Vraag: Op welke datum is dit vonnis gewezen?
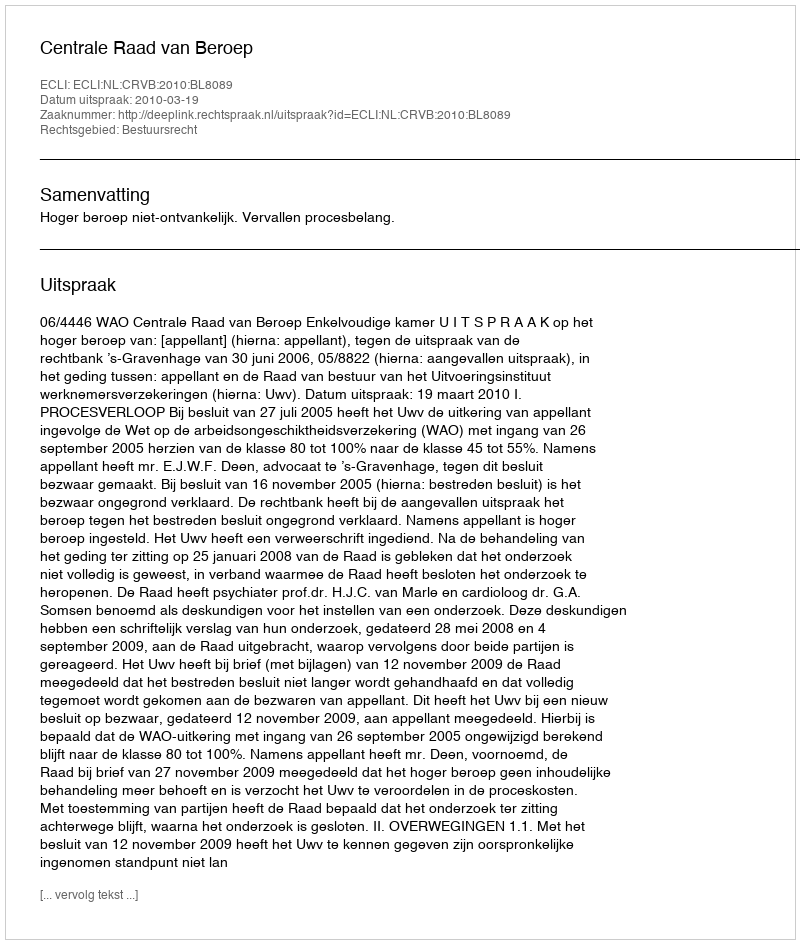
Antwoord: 2010-03-19